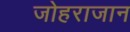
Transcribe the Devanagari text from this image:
जोहराजान